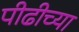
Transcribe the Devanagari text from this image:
पीढीच्या